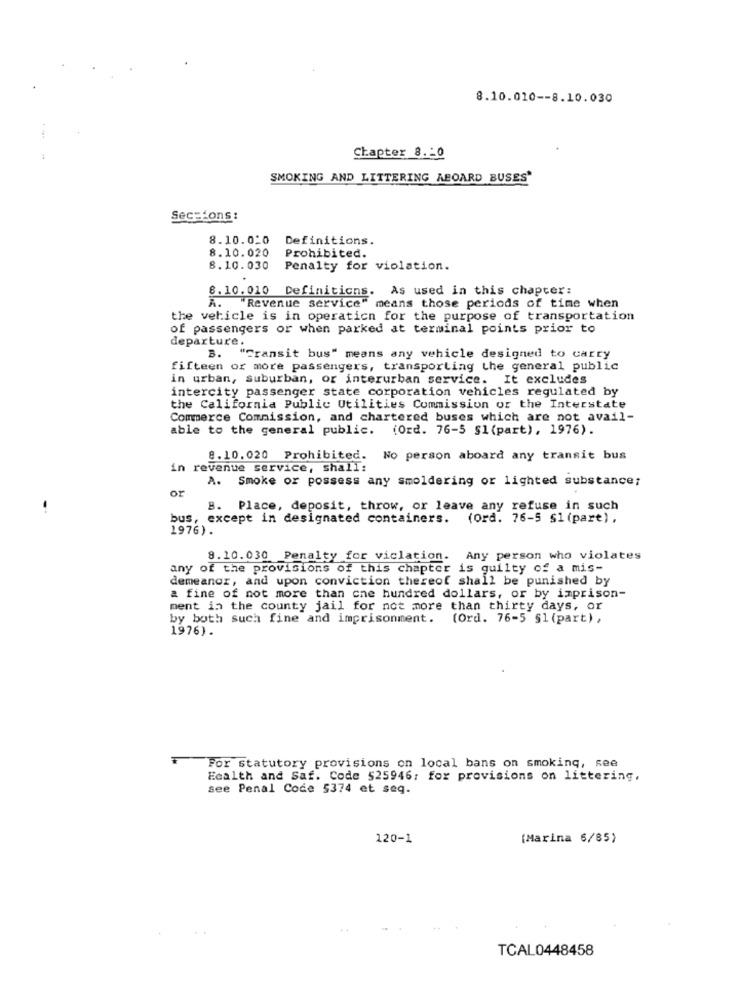
8.10.010 -- 8.10.030
Chapter 8 .- 0
SMOKING AND LITTERING ABOARD BUSES"
Sections :
8.10.010
Definitions.
8.10.020
Prohibited.
8.10.030
Penalty for violation.
6.10.010 Definitions. As used in this chapter:
A. "Revenue service" means those periods of time when
the vehicle is in operaticn for the purpose of transportation
of passengers or when parked at terminal points prior to
departure.
B. "Transit bus" means any vehicle designed to carry
fifteen or more passengers, transporting the general public
in urban, Suburban, or interurban service. It excludes
intercity passenger state corporation vehicles regulated by
the California Public Utilities Commission or the Interstate
Commerce Commission, and chartered buses which are not avail-
able to the general public.
(Ord. 76-5 §1 (part), 1976).
8.10.020 Prohibited.
No person aboard any transit bus
in revenue service, shall:
A. Smoke or possess any smoldering or lighted substance;
or
B. Place, deposit, throw, or leave any refuse in such
bus, except in designated containers. (ord. 76-5 §1 (part) ,
1976).
8.10.030 Penalty for viclation. Any person who violates
any of the provisions of this chapter is guilty of a mis-
demeanor, and upon conviction thereof shall be punished by
a fine of not more than che hundred dollars, or by imprison-
ment in the county jail for not more than thirty days, or
by both such fine and imprisonment.
(Ord. 76-5 §1 (part),
1976).
For statutory provisions on local bans on smoking, see
Ecalth and Saf. Code 525946; fox provisions on littering.
see Penal Code 5374 et seq.
120-1
[Marina 6/85)
TCAL0448458